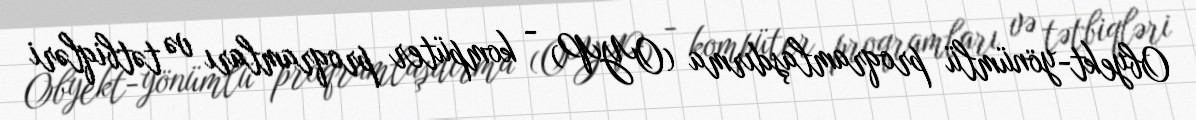
Obyekt-yönümlü proqramlaşdırma (OYP) - kompüter proqramları və tətbiqləri